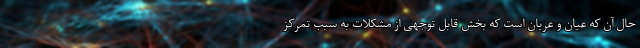
حال آن که عیان و عریان است که بخش قابل توجهی از مشکلات به سبب تمرکز